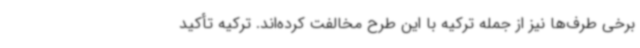
برخی طرف‌ها نیز از جمله ترکیه با این طرح مخالفت کرده‌اند. ترکیه تأکید